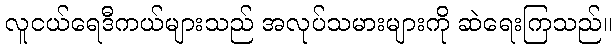
လူငယ်ရေဒီကယ်များသည် အလုပ်သမားများကို ဆဲရေးကြသည်။